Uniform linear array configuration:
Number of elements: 4
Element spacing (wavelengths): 0.5
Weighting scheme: uniform
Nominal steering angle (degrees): -15
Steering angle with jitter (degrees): -14.245
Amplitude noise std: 0.05
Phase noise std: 0.05

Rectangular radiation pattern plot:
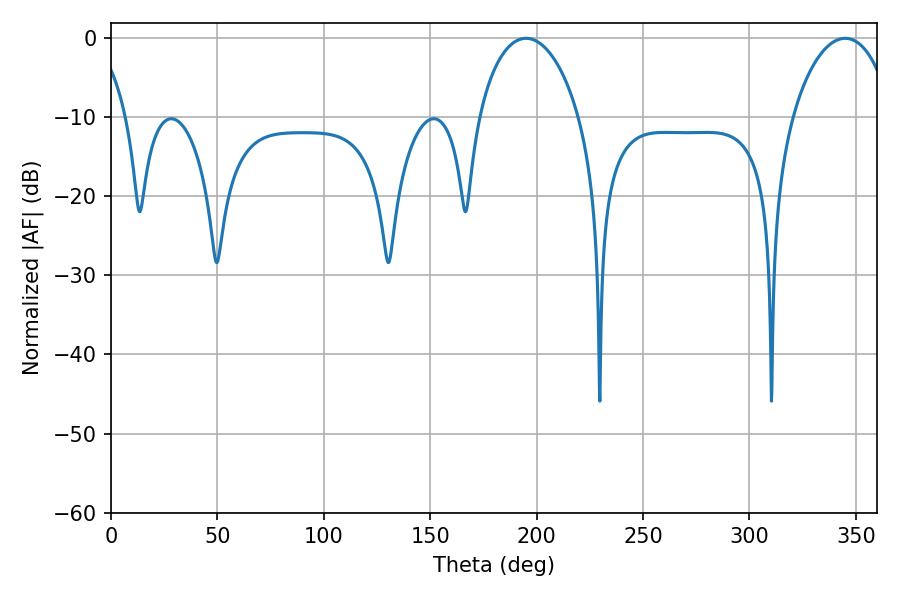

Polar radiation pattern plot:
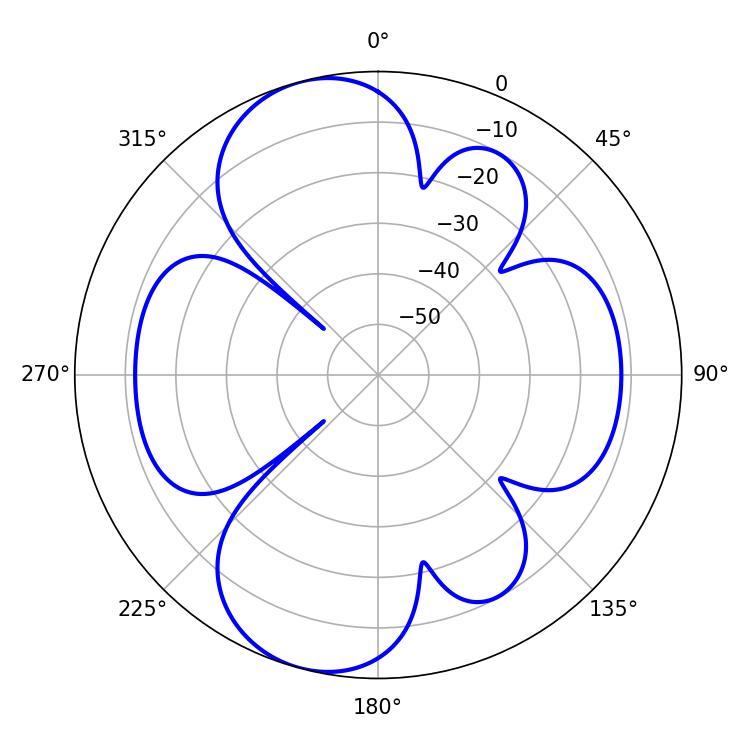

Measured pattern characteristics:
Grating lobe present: FALSE
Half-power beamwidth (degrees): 27
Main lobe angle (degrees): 194.94